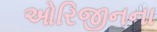
ઓરિજીનના